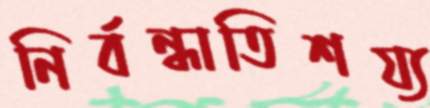
নির্বন্ধাতিশয্য